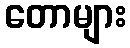
တောများ